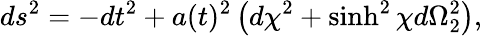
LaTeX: ds^{2}=-dt^{2}+a(t)^{2}\left(d\chi^{2}+\sinh^{2}\chi d\Omega_{2}^{2}\right),